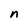
Character: n